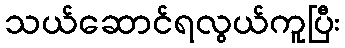
သယ်ဆောင်ရလွယ်ကူပြီး